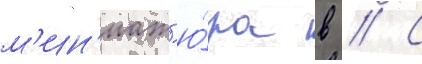
м'ин'иат'ю́ра в // С